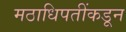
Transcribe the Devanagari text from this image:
मठाधिपतींकडून